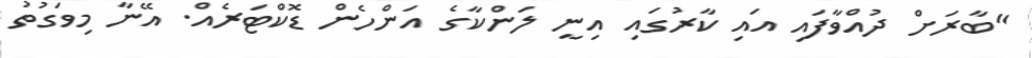
"ބާރަށް ދުއްވާފައި އައި ކާރުގައި އިނީ ލަންކާގެ އަންހެން ޑޮކްޓަރެއް. އޭނާ މިވަގުތު